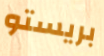
بريستو